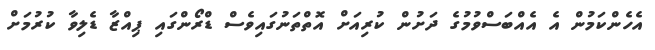
އެހެންކަމުން އެ އެއްބަސްވުމުގެ ދަށުން ކުރިއަށް އޮތްތަނުގައިވެސް ޑްރޯންގައި ޕިއްޒާ ޑެލިވާ ކުރުމަށް